Insane asylums in Bengal annual reports 1876-1887 - 1876-1887
Year: 1876
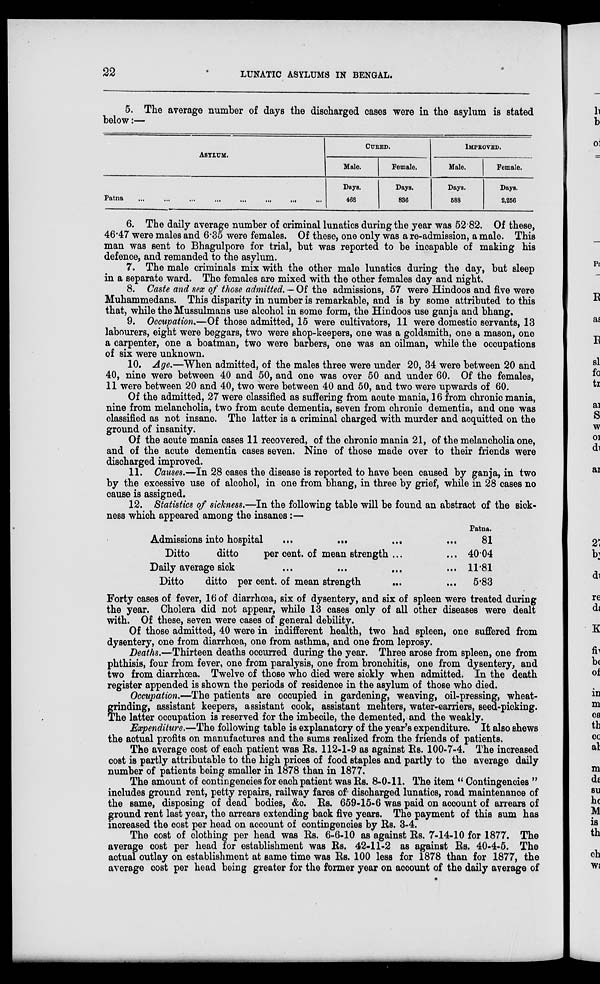
22
LUNATIC ASYLUMS IN BENGAL.
5. The average number of days the discharged cases were in the asylum is stated
below:—
ASYLUM.
Patna
...
...
...
...
...
...
...
CURED.
Male.
Days.
468
Female.
Days.
836
IMPROVED.
Male.
Days.
588
Female.
Days.
2,256
6. The daily average number of criminal lunatics during the year was 52.82. Of these,
46.47 were males and 6.35 were females. Of these, one only was a re-admission, a male. This
man was sent to Bhagulpore for trial, but was reported to be incapable of making his
defence, and remanded to the asylum.
7. The male criminals mix with the other male lunatics during the day, but sleep
in a separate ward. The females are mixed with the other females day and night.
8. Caste and sex of those admitted. — Of the admissions, 57 were Hindoos and five were
Muhammedans. This disparity in number is remarkable, and is by some attributed to this
that, while the Mussulmans use alcohol in some form, the Hindoos use ganja and bhang.
9. Occupation.—Of those admitted, 15 were cultivators, 11 were domestic servants, 13
labourers, eight were beggars, two were shop-keepers, one was a goldsmith, one a mason, one
a carpenter, one a boatman, two were barbers, one was an oilman, while the occupations
of six were unknown.
10. Age.—When admitted, of the males three were under 20, 34 were between 20 and
40, nine were between 40 and 50, and one was over 50 and under 60. Of the females,
11 were between 20 and 40, two were between 40 and 50, and two were upwards of 60.
Of the admitted, 27 were classified as suffering from acute mania, 16 from chronic mania,
nine from melancholia, two from acute dementia, seven from chronic dementia, and one was
classified as not insane. The latter is a criminal charged with murder and acquitted on the
ground of insanity.
Of the acute mania cases 11 recovered, of the chronic mania 21, of the melancholia one,
and of the acute dementia cases seven. Nine of those made over to their friends were
discharged improved.
11. Causes.—In 28 cases the disease is reported to have been caused by ganja, in two
by the excessive use of alcohol, in one from bhang, in three by grief, while in 28 cases no
cause is assigned.
12. Statistics of sickness.—In the following table will be found an abstract of the sick-
ness which appeared among the insanes:—
Admissions into hospital
...
...
...
Ditto
ditto
per cent. of mean strength ...
Daily average sick
...
...
...
Ditto
ditto per cent. of mean strength ... ...
Patna.
81
40.04
11.81
5.83
Forty cases of fever, 16 of diarrhœa, six of dysentery, and six of spleen were treated during
the year. Cholera did not appear, while 13 cases only of all other diseases were dealt
with. Of these, seven were cases of general debility.
Of those admitted, 40 were in indifferent health, two had spleen, one suffered from
dysentery, one from diarrhœa, one from asthma, and one from leprosy.
Deaths.—Thirteen deaths occurred during the year. Three arose from spleen, one from
phthisis, four from fever, one from paralysis, one from bronchitis, one from dysentery, and
two from diarrhœa. Twelve of those who died were sickly when admitted. In the death
register appended is shown the periods of residence in the asylum of those who died.
Occupation.—The patients are occupied in gardening, weaving, oil-pressing, wheat-
grinding, assistant keepers, assistant cook, assistant mehters, water-carriers, seed-picking.
The latter occupation is reserved for the imbecile, the demented, and the weakly.
Expenditure.—The following table is explanatory of the year's expenditure. It also shews
the actual profits on manufactures and the sums realized from the friends of patients.
The average cost of each patient was Rs. 112-1-9 as against Rs. 100-7-4. The increased
cost is partly attributable to the high prices of food staples and partly to the average daily
number of patients being smaller in 1878 than in 1877.
The amount of contingencies for each patient was Rs. 8-0-11. The item “ Contingencies ”
includes ground rent, petty repairs, railway fares of discharged lunatics, road maintenance of
the same, disposing of dead bodies, &c. Rs. 659-15-6 was paid on account of arrears of
ground rent last year, the arrears extending back five years. The payment of this sum has
increased the cost per head on account of contingencies by Rs. 3-4.
The cost of clothing per head was Rs. 6-6-10 as against Rs. 7-14-10 for 1877. The
average cost per head for establishment was Rs. 42-11-2 as against Rs. 40-4-5. The
actual outlay on establishment at same time was Rs. 100 less for 1878 than for 1877, the
average cost per head being greater for the former year on account of the daily average of